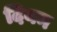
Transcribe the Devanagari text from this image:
दियम